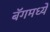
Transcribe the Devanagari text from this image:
बॅगमध्ये